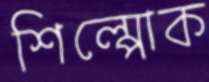
শিল্পোক